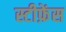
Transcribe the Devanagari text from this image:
स्टीफ़ेंस